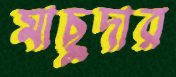
মাছুদার